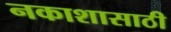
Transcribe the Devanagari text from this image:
नकाशासाठी